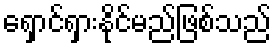
ရှောင်ရှားနိုင်မည်ဖြစ်သည်